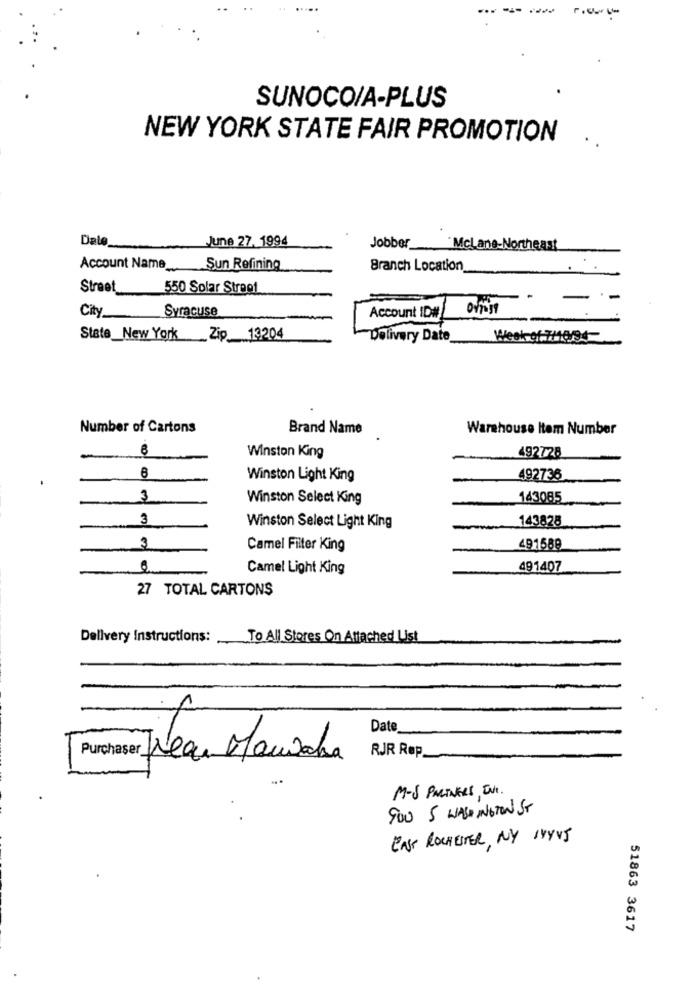
----
SUNOCO/A-PLUS
NEW YORK STATE FAIR PROMOTION
Date_
June 27, 1994
Jobber
McLane-Northeast
Account Name_
Sun Refining
Branch Location
Street_550 Solar Street
.
-
Syracuse
City
Account ID#
State_New York Zip 13204
Delivery Date
Week of 7Mest
Number of Cartons
Brand Name
Warehouse Item Number
492728
Winston King
Winston Light King
492736
3
Winston Select King
143085
3
143828
Winston Select Light King
3
Camel Filter King
491589
Camel Light King
491407
27 TOTAL CARTONS
Delivery Instructions:
To All Stores On Attached List
1
Date
RJR Røp
Purchaser Nea. Mauroha
M-S PARTNERS ENI.
900 5 WAS INGTON ST
ENS ROCHESTER, NY INYVS
51863 3617